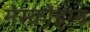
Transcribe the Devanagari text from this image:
गेस्कोइग्न